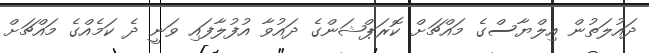
ދައުލަތުން އިލްޔާސްގެ މައްޗަށް ކޮރަޕްޝަންގެ ދައުވާ އުފުލާފައި ވަނީ ދެ ކަމެއްގެ މައްޗަށް